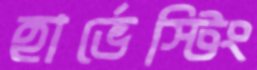
হার্ভেস্টিং